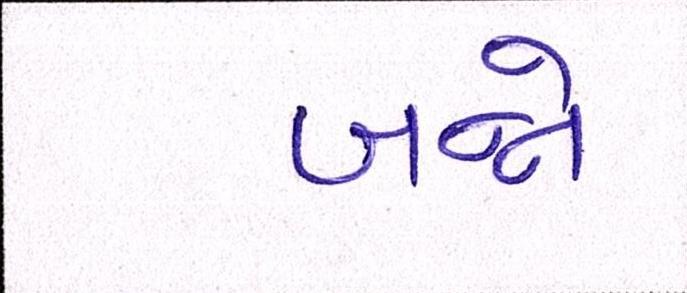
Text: બન્ને